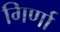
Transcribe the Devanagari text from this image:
गिर्णा